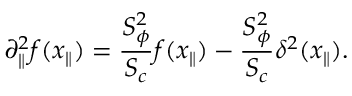
\partial _ { \| } ^ { 2 } f ( x _ { \| } ) = { \frac { S _ { \phi } ^ { 2 } } { S _ { c } } } f ( x _ { \| } ) - { \frac { S _ { \phi } ^ { 2 } } { S _ { c } } } \delta ^ { 2 } ( x _ { \| } ) .